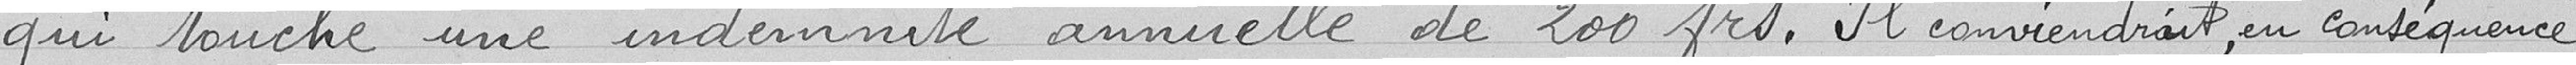
qui touche une indemnité annuelle de 200 frs. Il conviendrait en conséquence +